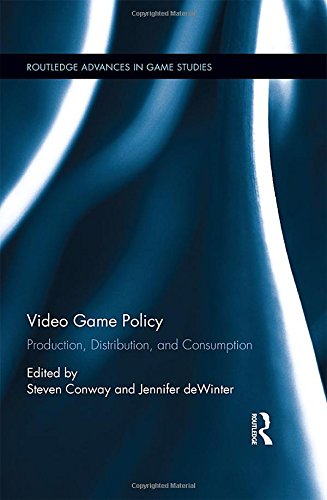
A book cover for Video Game Policy: Production, Distribution, and Consumption (Routledge Advances in Game Studies); Law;